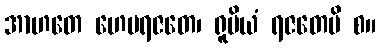
အာဟတေ ဟေမရဇတေ၊ ရူပိယံ ရဇတေပိ စ။